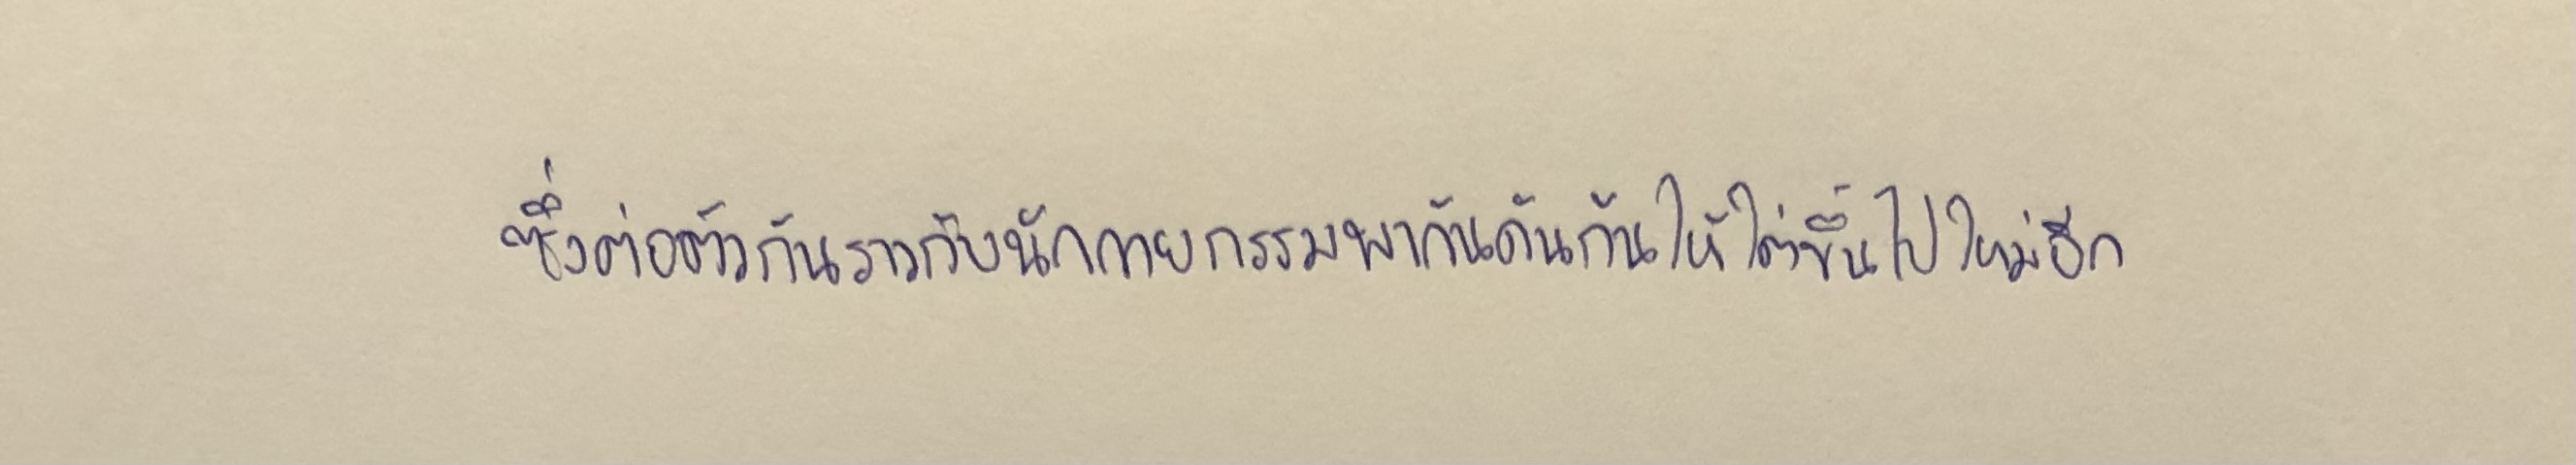
ซึ่งต่อตัวกันราวกับนักกายกรรมพากันดันก้นให้ไต่ขึ้นไปใหม่อีก